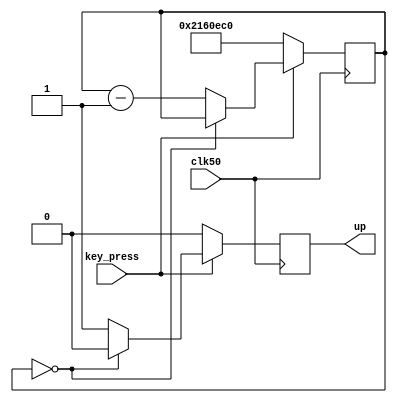
module flying_timer(clk50, up, key_press);
	output reg up;
	input key_press;
	input clk50;
	
	reg [27:0] timer;
	localparam FLYING_TIME = 28'd35000000;
	
	
	always @(posedge clk50)
	begin
		if (!key_press) begin
			// if key is pressed reset the timer, send signal for dot to go down
			timer = FLYING_TIME;
			up <= 1'b0;
			end
		else if (timer == 28'd0)
			// if timer ran out make dot go down
			up <= 1'b0;
		else begin
			// if timer is running (key was recently pressed),send signal for dot to go up
			up <= 1'b1;
			timer <= timer - 1'b1;
			end
	end

endmodule